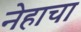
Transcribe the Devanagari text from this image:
नेहाचा